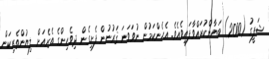
ޝަފީގު (2000) ބަޔާންކުރައްވާފައިވެއެވެ. އެހެންކަމުން ނުވަވަނަ ޤަރުނުން ފެށިގެން ދިވެހިންގެ ތެރެއަށް ލިޔުންތެރިކަން